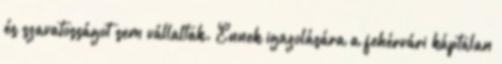
és szavatosságot sem vállaltak. Ennek igazolására a fehérvári káptalan